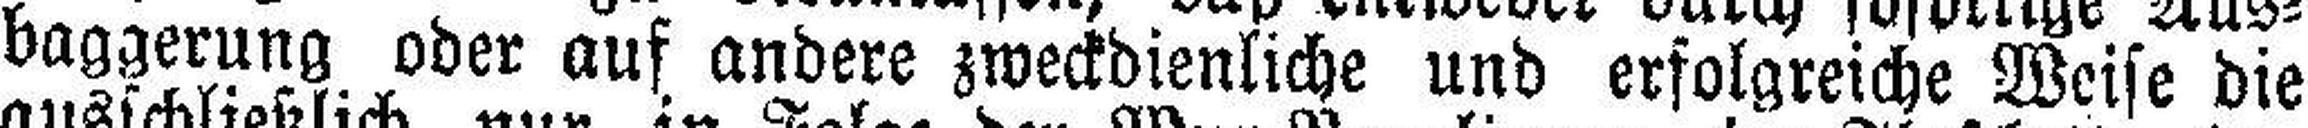
baggerung oder auf andere zweckdienliche und erfolgreiche Weise die